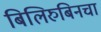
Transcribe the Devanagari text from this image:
बिलिरुबिनचा